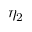
\eta _ { 2 }